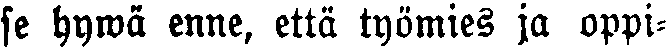
se hywä enne, että työmies ja oppi-